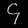
Digit: ၄